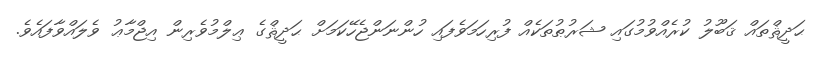
ޙަދީޘްތައް ޤަބޫލު ކުރެއްވުމުގައި ޝަރުޠުތަކެއް ފުރިހަމަވެފައި ހުންނަންޖެހޭކަމަށް ޙަދީޘްގެ ޢިލްމުވެރިން އިޖްމާޢު ވެލައްވާފައެވެ.